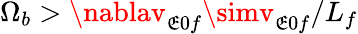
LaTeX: \Omega_{b}>\nablav_{\mathfrak{E}0f}\simv_{\mathfrak{E}0f}/L_{f}